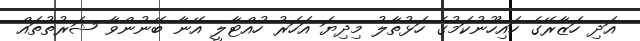
އަދި ހަޒާރޭގެ ހައިހޫނުކަމުގެ ހަޅުތާލު މިދިޔަ އަހަރު ހުއްޓާލީ އޭނާ ބޭނުންވާ ޝަރުތުތައް